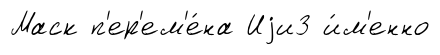
Маск п'ер'ем'е́на Иjи3 и́м'енно